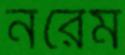
নরেম